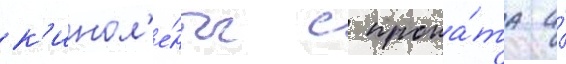
к'инол'е́нты с прока́та и́